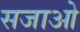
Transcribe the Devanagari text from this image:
सजाओ